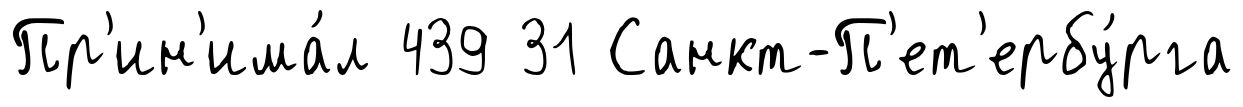
Пр'ин'има́л 439 31 Санкт-П'ет'ербу́рга